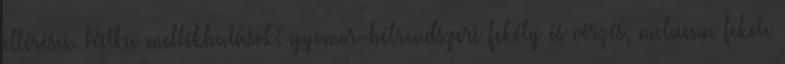
eltérései. Ritka mellékhatások: gyomor-bélrendszeri fekély és vérzés, melaena fekete